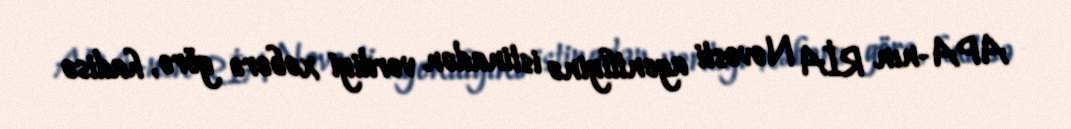
APA-nın RİA Novosti agentliyinə istinadən verdiyi xəbərə görə, hadisə